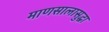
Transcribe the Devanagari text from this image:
माणसालासुद्धा